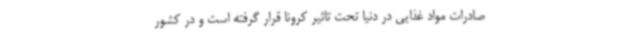
صادرات مواد غذایی در دنیا تحت تاثیر کرونا قرار گرفته است و در کشور